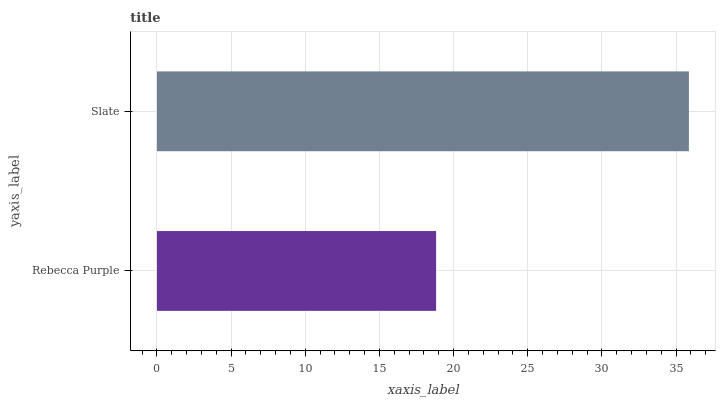
| yaxis_label | bars |
 | --- | --- |
 | Rebecca Purple | 18.8 |
 | Slate | 35.9 |